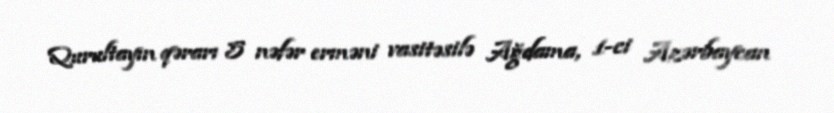
Qurultayın qərarı 5 nəfər erməni vasitəsilə Ağdama, 1-ci Azərbaycan